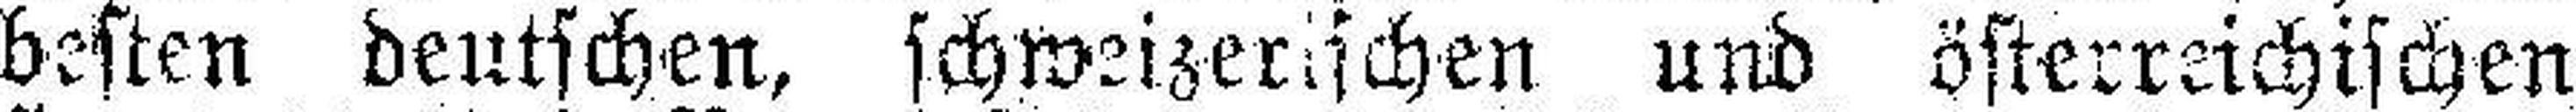
besten deutschen, schweizerischen und österreichischen